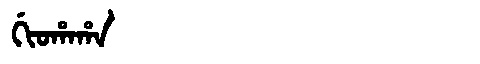
Manchu: ᡤᡳᠣᡥᠠᡥᠠ
Romanization: GIOHAHA